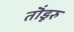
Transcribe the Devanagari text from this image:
तॊंडूरु